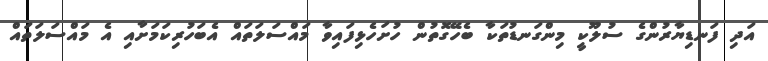
އަދި ފަނޑިޔާރުންގެ ސުލޫކީ މިންގަނޑުތަކާ ބެހޭގޮތުން ހުށަހެޅިފައިވާ މައްސަލަތައް އެބަހުރިކަމަށާއި އެ މައްސަލަތައް